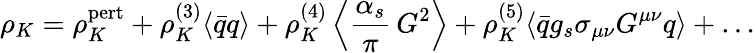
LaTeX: \rho_{K}=\rho_{K}^{\mathrm{pert}}+\rho_{K}^{(3)}\langle\bar{q}q\rangle+\rho_{K}^{(4)}\left\langle\frac{\alpha_{s}}{\pi}\, G^{2}\right\rangle+\rho_{K}^{(5)}\langle\bar{q}g_{s}\sigma_{\mu\nu}G^{\mu\nu}q\rangle+\dots